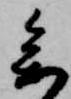
参